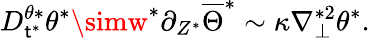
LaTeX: D_{\mathsf{t}^{*}}^{\theta*}\theta^{*}\simw^{*}\partial_{Z^{*}}\overline{{{\Theta}}}^{*}\sim\kappa\nabla_{\perp}^{*2}\theta^{*}.